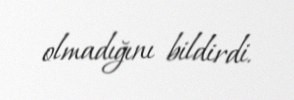
olmadığını bildirdi.